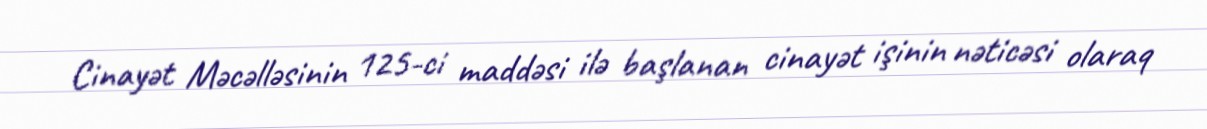
Cinayət Məcəlləsinin 125-ci maddəsi ilə başlanan cinayət işinin nəticəsi olaraq